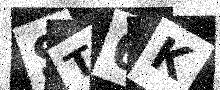
Text: ST6K